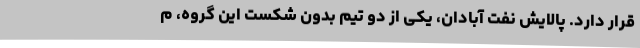
قرار دارد. پالایش نفت آبادان، یکی از دو تیم بدون شکست این گروه، م